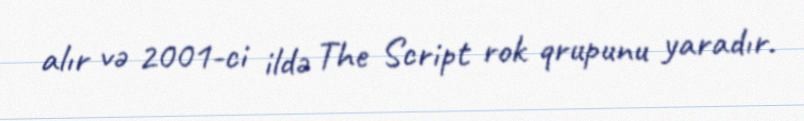
alır və 2001-ci ildə The Script rok qrupunu yaradır.